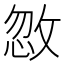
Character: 𪯏